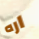
اره